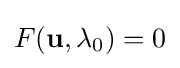
F(\mathbf {u} ,\lambda _{0})=0